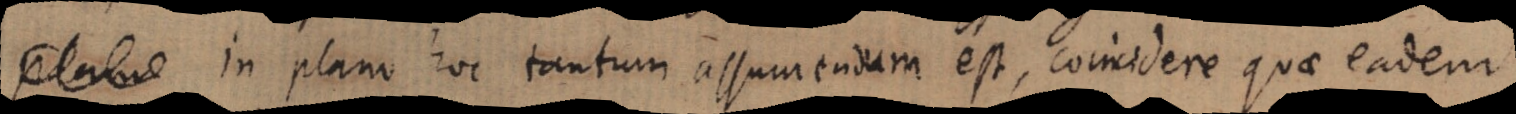
plan in plano hoc tantum assumendum est, coincidere quae eadem